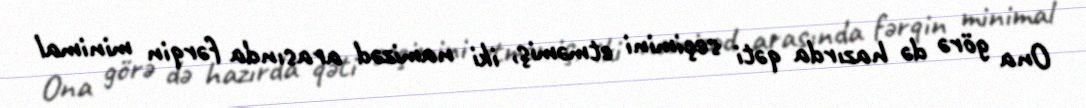
Ona görə də hazırda qəti seçimini etməmiş, iki namizəd arasında fərqin minimal